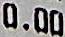
0.00